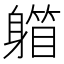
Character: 𨉾